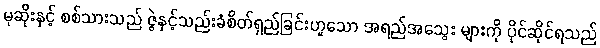
မုဆိုးနှင့် စစ်သားသည် ဇွဲနှင့်သည်းခံစိတ်ရှည်ခြင်းဟူသော အရည်အသွေး များကို ပိုင်ဆိုင်ရသည်